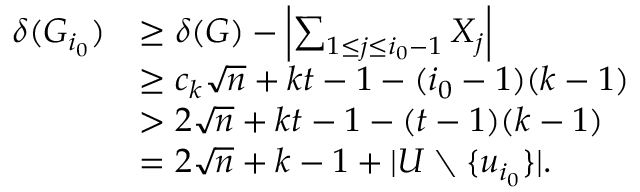
\begin{array} { r l } { \delta ( G _ { i _ { 0 } } ) } & { \geq \delta ( G ) - \left| \sum _ { 1 \leq j \leq i _ { 0 } - 1 } X _ { j } \right| } \\ & { \geq c _ { k } \sqrt { n } + k t - 1 - ( i _ { 0 } - 1 ) ( k - 1 ) } \\ & { > 2 \sqrt { n } + k t - 1 - ( t - 1 ) ( k - 1 ) } \\ & { = 2 \sqrt { n } + k - 1 + | U \setminus \{ u _ { i _ { 0 } } \} | . } \end{array}